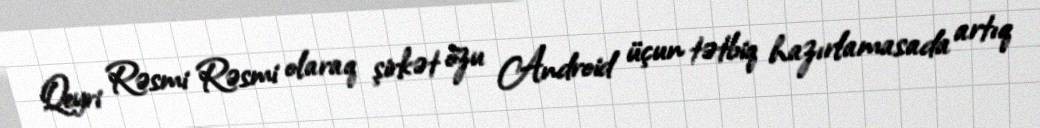
Qeyri Rəsmi Rəsmi olaraq şirkət özu Android üçun tətbiq hazırlamasada artıq